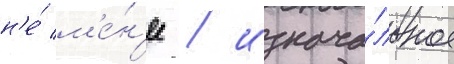
н'е́ м'е́н'ее / изнача́льное